Scientific memoirs by medical officers of the Army of India - Part I,
Year: 1884
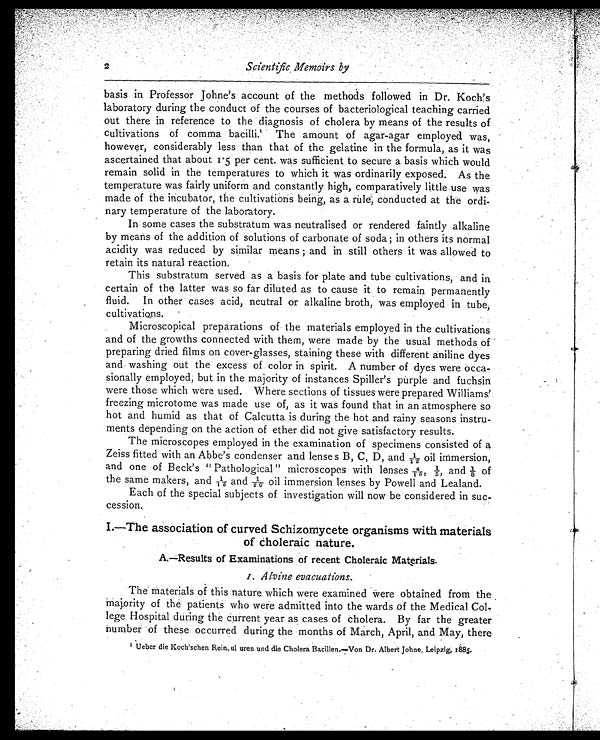
2
Scientific Memoirs by
basis in Professor Johne's account of the methods followed in Dr. Koch's
laboratory during the conduct of the courses of bacteriological teaching carried
out there in reference to the diagnosis of cholera by means of the results of
cultivations of comma bacilli.1 The amount of agar-agar employed was,
however, considerably less than that of the gelatine in the formula, as it was
ascertained that about 1.5 per cent was sufficient to secure a basis which would
remain solid in the temperatures to which it was ordinarily exposed. As the
temperature was fairly uniform and constantly high, comparatively little use was
made of the incubator, the cultivations being, as a rule, conducted at the ordi
-nary temperature of the laboratory.
In some cases the substratum was neutralised or rendered faintly alkaline
by means of the addition of solutions of carbonate of soda; in others its normal
acidity was reduced by similar means; and in still others it was allowed to
retain its natural reaction.
This substratum served as a basis for plate and tube cultivations, and in
certain of the latter was so far diluted as to cause it to remain permanently
fluid. In other cases acid, neutral or alkaline broth, was employed in tube,
cultivations.
Microscopical preparations of the materials employed in the cultivations
and of the growths connected with them, were made by the usual methods of
preparing dried films on cover-glasses, staining these with different aniline dyes
and washing out the excess of color in spirit. A number of dyes were occa
- s i o n a l l y e m p l o y e d , b u t i n t h e m a j o r i t y o f i n s t a n c e s S p i l l e r ' s p u r p l e a n d f u c h s i n
were those which were used. Where sections of tissues were prepared Williams'
freezing microtome was made use of, as it was found that in an atmosphere so
hot and humid as that of Calcutta is during the hot and rainy seasons instru
- m e n t s d e p e n d i n g o n t h e a c t i o n o f e t h e r d i d n o t g i v e s a t i s f a c t o r y r e s u l t s .
The microscopes employed in the examination of specimens consisted of a
Zeiss fitted with an Abbe's condenser and lenses B, C, D, and 1/12oil immersion,
and one of Beck's "Pathological" microscopes with lenses4/10, 1/5 and ⅛ o f
the same makers, and 1/16 and 1/20 oil immersion lenses by Powell and Lealand.
Each of the special subjects of investigation will now be considered in suc
-cession.
I.—The association of curved Schizomycete organisms with materials
of choleraic nature.
A.—Results of Examinations of recent Choleraic Materials.
I. Alvine evacuations.
The materials of this nature which were examined were obtained from the
majority of the patients who were admitted into the wards of the Medical Col
- l e g e H o s p i t a l d u r i n g t h e c u r r e n t y e a r a s c a s e s o f c h o l e r a . B y f a r t h e g r e a t e r
number of these occurred during the months of March, April, and May, there
1 Ueber die Koch'schen Rein ul uren and die Cholera Bacillen.—Von Dr. Albert Johne, Leipzig, 1885.